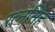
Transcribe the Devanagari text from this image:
रत्‍नसिंह